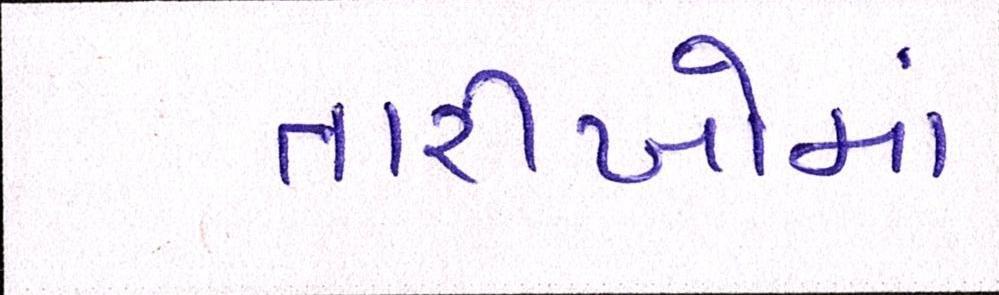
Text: તારીખોમાં